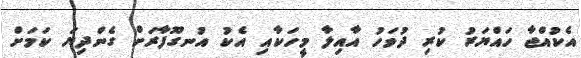
އެކުއްޖާ ހައްޔަރު ކުރި ދުވަހު އާއިލާ މީހަކާއި އެކު އުނގޫފާރަށް ގެންދިޔަ ކަމަށް